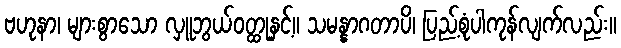
ဗဟုနာ၊ များစွာသော လှူဘွယ်ဝတ္ထုနှင့်။ သမန္နာဂတာပိ၊ ပြည့်စုံပါကုန်လျက်လည်း။